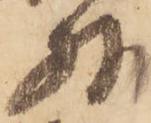
外